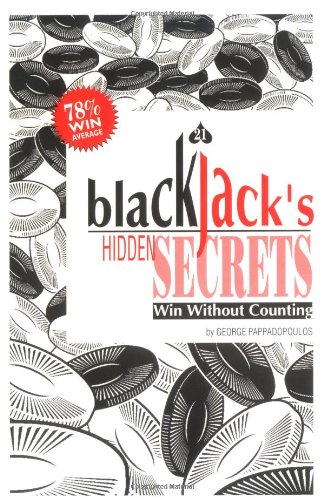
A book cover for Blackjack's Hidden Secrets, Win Without Counting (New & Expanded Edition); George Pappadopoulos; Humor & Entertainment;